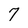
Character: 7